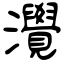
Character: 灚